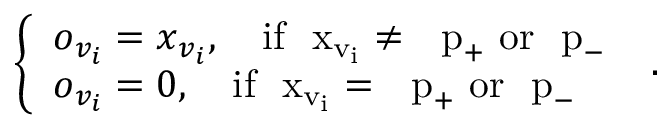
\left\{ \begin{array} { l l } { { \boldsymbol o } _ { v _ { i } } = { \boldsymbol x } _ { v _ { i } } , \quad \mathrm { i f ~ { \boldsymbol ~ x } _ { v _ i } \neq ~ { \boldsymbol ~ p } _ + ~ o r ~ { \boldsymbol ~ p } _ - ~ } } \\ { { \boldsymbol o } _ { v _ { i } } = { \boldsymbol { 0 } } , \quad \mathrm { i f ~ { \boldsymbol ~ x } _ { v _ i } = ~ { \boldsymbol ~ p } _ + ~ o r ~ { \boldsymbol ~ p } _ - ~ } } \end{array} \right. .